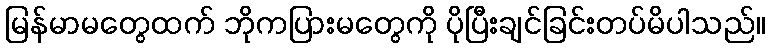
မြန်မာမတွေထက် ဘိုကပြားမတွေကို ပိုပြီးချင်ခြင်းတပ်မိပါသည်။